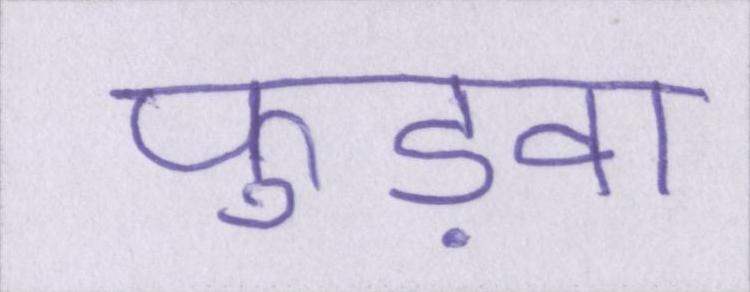
फुड़वा